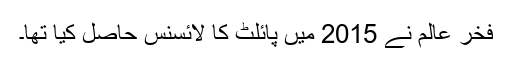
فخر عالم نے 2015 میں پائلٹ کا لائسنس حاصل کیا تھا۔